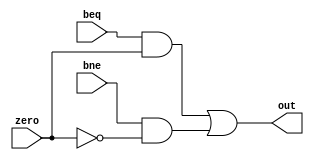
`timescale 1ns / 1ps
module Branch(beq, bne, zero, out);
	input beq, bne, zero;
	output out;
	assign out=(beq&zero)|(bne&(~zero));
endmodule